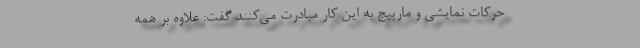
حرکات نمایشی و مارپیچ به این کار مبادرت می‌کنند گفت: علاوه بر همه